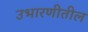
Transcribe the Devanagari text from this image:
उभारणीतील